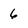
Character: 6